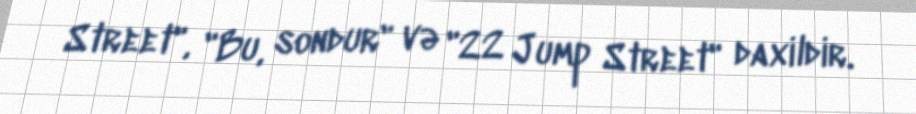
Street", "Bu, sondur" və "22 Jump Street" daxildir.